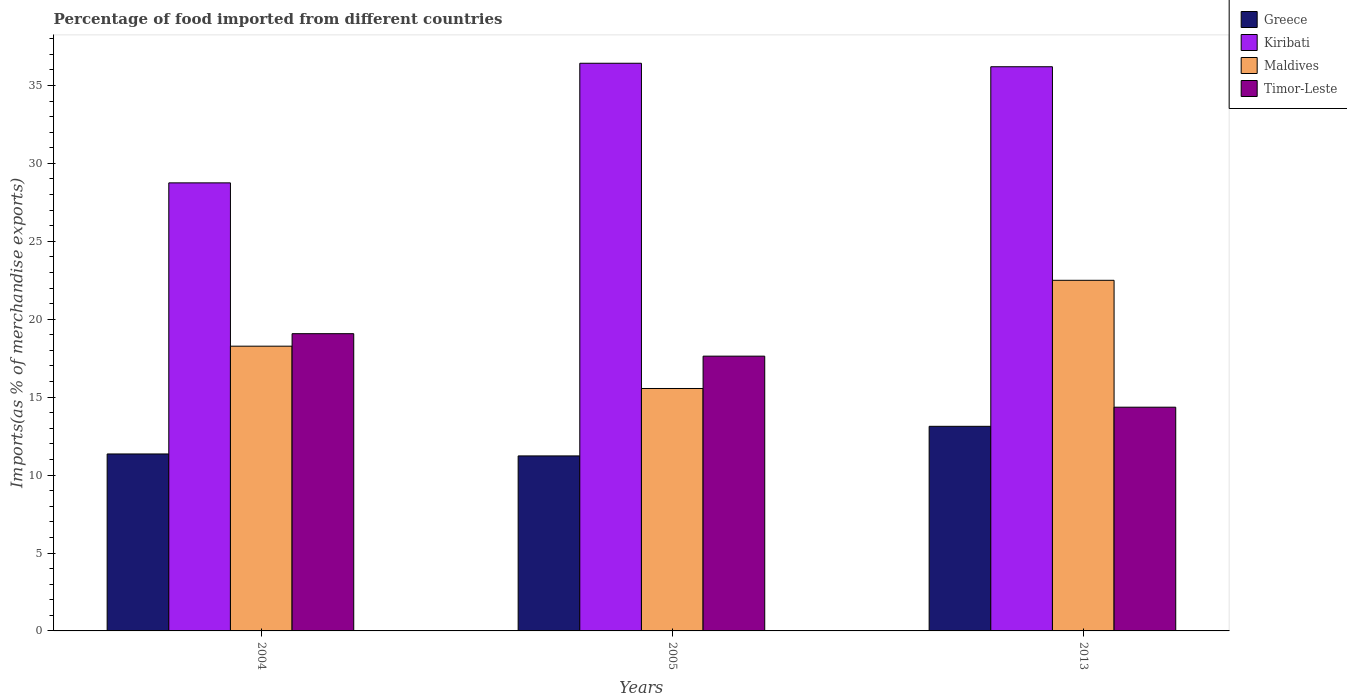
| Years | Greece | Kiribati | Maldives | Timor-Leste |
 | --- | --- | --- | --- | --- |
 | 2004 | 11.4 | 28.8 | 18.3 | 19.1 |
 | 2005 | 11.2 | 36.4 | 15.6 | 17.6 |
 | 2013 | 13.1 | 36.2 | 22.5 | 14.4 |